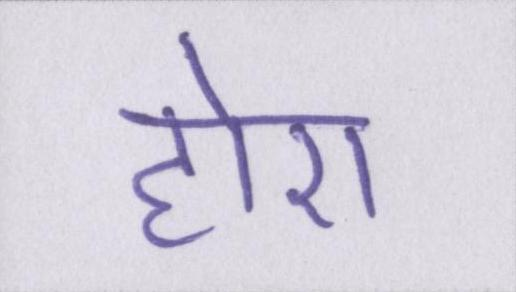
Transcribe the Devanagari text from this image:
होए